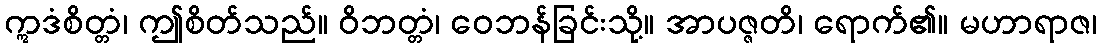
ဣဒံစိတ္တံ၊ ဤစိတ်သည်။ ဝိဘတ္တံ၊ ဝေဘန်ခြင်းသို့။ အာပဇ္ဇတိ၊ ရောက်၏။ မဟာရာဇ၊